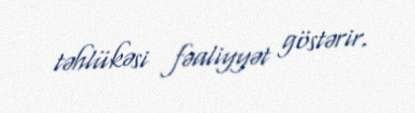
təhlükəsi fəaliyyət göstərir.